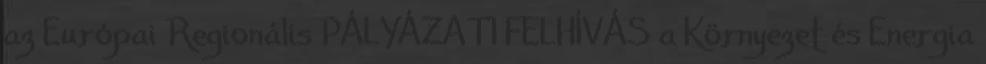
az Európai Regionális PÁLYÁZATI FELHÍVÁS a Környezet és Energia